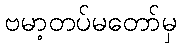
ဗမာ့တပ်မတော်မှ